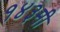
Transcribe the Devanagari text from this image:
१४३मी